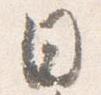
日